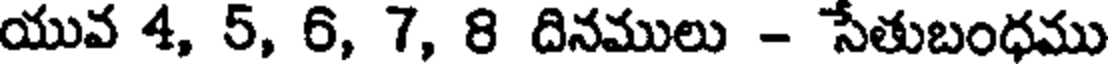
యువ 4, 5, 6, 7, 8 దినములు - సేతుబంధము